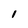
Character: 1